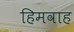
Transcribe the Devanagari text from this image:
हिमवाह